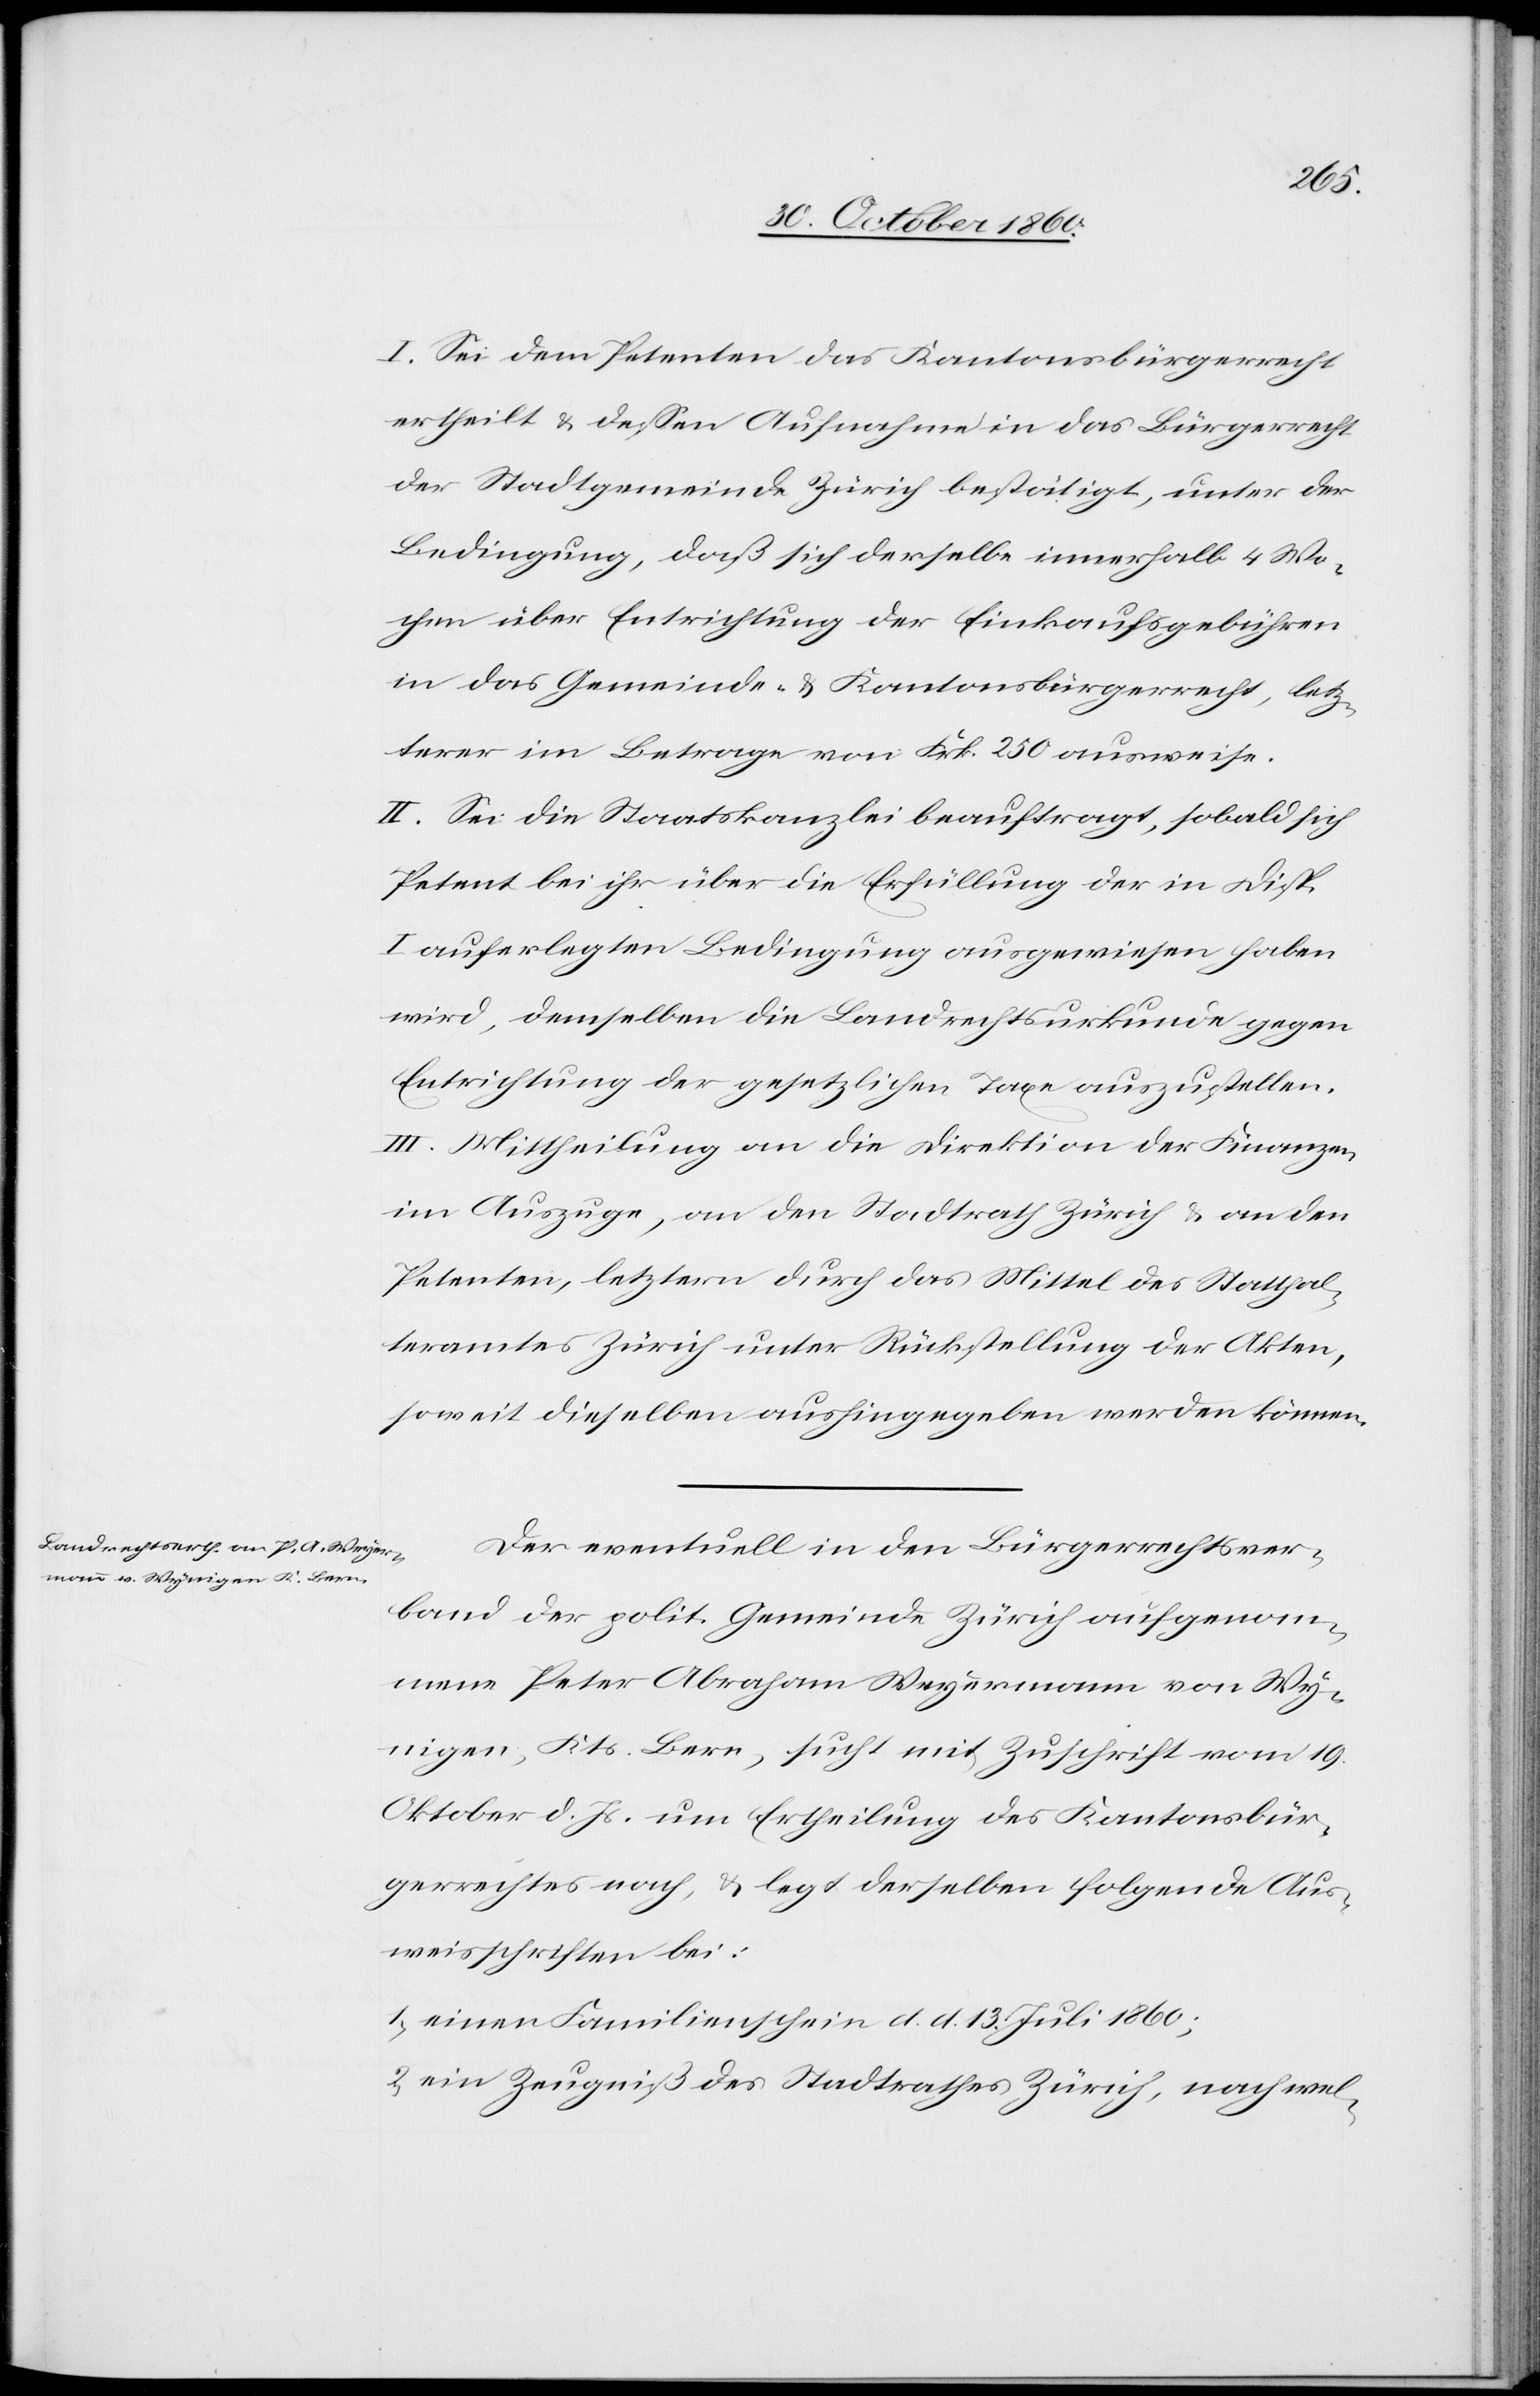
I. Sei dem Petenten das Kantonsbürgerrecht
ertheilt u. dessen Aufnahme in das Bürgerrecht
der Stadtgemeinde Zürich bestätigt, unter der
Bedingung, daß sich derselbe innerhalb 4 Wo¬
chen über Entrichtung der Einkaufsgebühren
in das Gemeinde- u. Kantonsbürgerrecht, letz¬
terer im Betrage von Frk. 250 ausweise.
II. Sei die Staatskanzlei beauftragt, sobald sich
Petent bei ihr über die Erfüllung der in Disp.
I auferlegten Bedingung ausgewiesen haben
wird, demselben die Landrechtsurkunde gegen
Entrichtung der gesetzlichen Taxe auszustellen.
III. Mittheilung an die Direktion der Finanzen,
im Auszuge, an den Stadtrath Zürich u. an den
Petenten, letztern durch das Mittel des Statthal¬
teramtes Zürich unter Rückstellung der Akten,
soweit dieselben aushingegeben werden können.
Der eventuell in den Bürgerrechtsver¬
band der polit. Gemeinde Zürich aufgenom¬
mene Peter Abraham Weyermann von Wy¬
nigen, Kts. Bern, sucht mit Zuschrift vom 19.
Oktober d. Js. um Ertheilung des Kantonsbür¬
gerrechtes nach, u. legt derselben folgende Aus¬
weisschriften bei:
1. einen Familienschein d. d. 13. Juli 1860;
2. ein Zeugniß des Stadtrathes Zürich, nach wel-